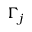
\Gamma _ { j }